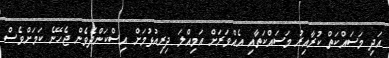
އަދި މަސައްކަތް ކުރާއިރު މަސައްކަތާއި އެއްވަރަށް އަމިއްލަ ދިރިއުޅުމަށް އިސްކަންދެވެން ޖެހޭނެ ކަމަށްވެސް